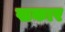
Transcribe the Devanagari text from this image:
खकार